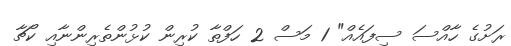
ރަށުގެ ހާއްސަ ސިފައެއް" 1 މަސް 2 ހަފްތާ ކުރިން ކުޅުންތެރިންނާއި ކޯޗާ